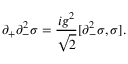
\partial _ { + } \partial _ { - } ^ { 2 } \sigma = { \frac { i g ^ { 2 } } { \sqrt { 2 } } } [ \partial _ { - } ^ { 2 } \sigma , \sigma ] .